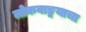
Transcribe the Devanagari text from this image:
लोकवाङ्मयाचा